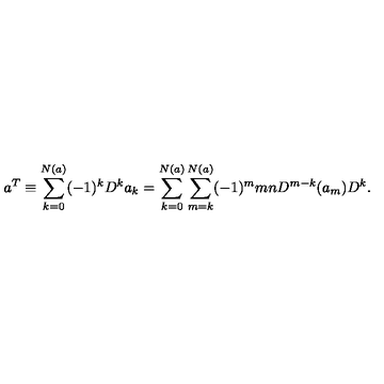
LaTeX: a ^ { T } \equiv \sum _ { k = 0 } ^ { N ( a ) } ( - 1 ) ^ { k } D ^ { k } a _ { k } = \sum _ { k = 0 } ^ { N ( a ) } \sum _ { m = k } ^ { N ( a ) } ( - 1 ) ^ { m } { \binom { m } { n } } D ^ { m - k } ( a _ { m } ) D ^ { k } .